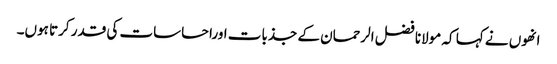
انھوں نے کہا کہ مولانا فضل الرحمان کے جذبات اوراحساسات کی قدر کرتا ہوں۔